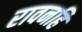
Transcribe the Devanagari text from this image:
रावनहि